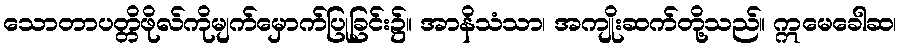
သောတာပတ္တိဖိုလ်ကိုမျက်မှောက်ပြုခြင်း၌။ အာနိသံသာ၊ အကျိုးဆက်တို့သည်။ ဣမေခေါဆ၊